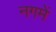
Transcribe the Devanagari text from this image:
नगमें